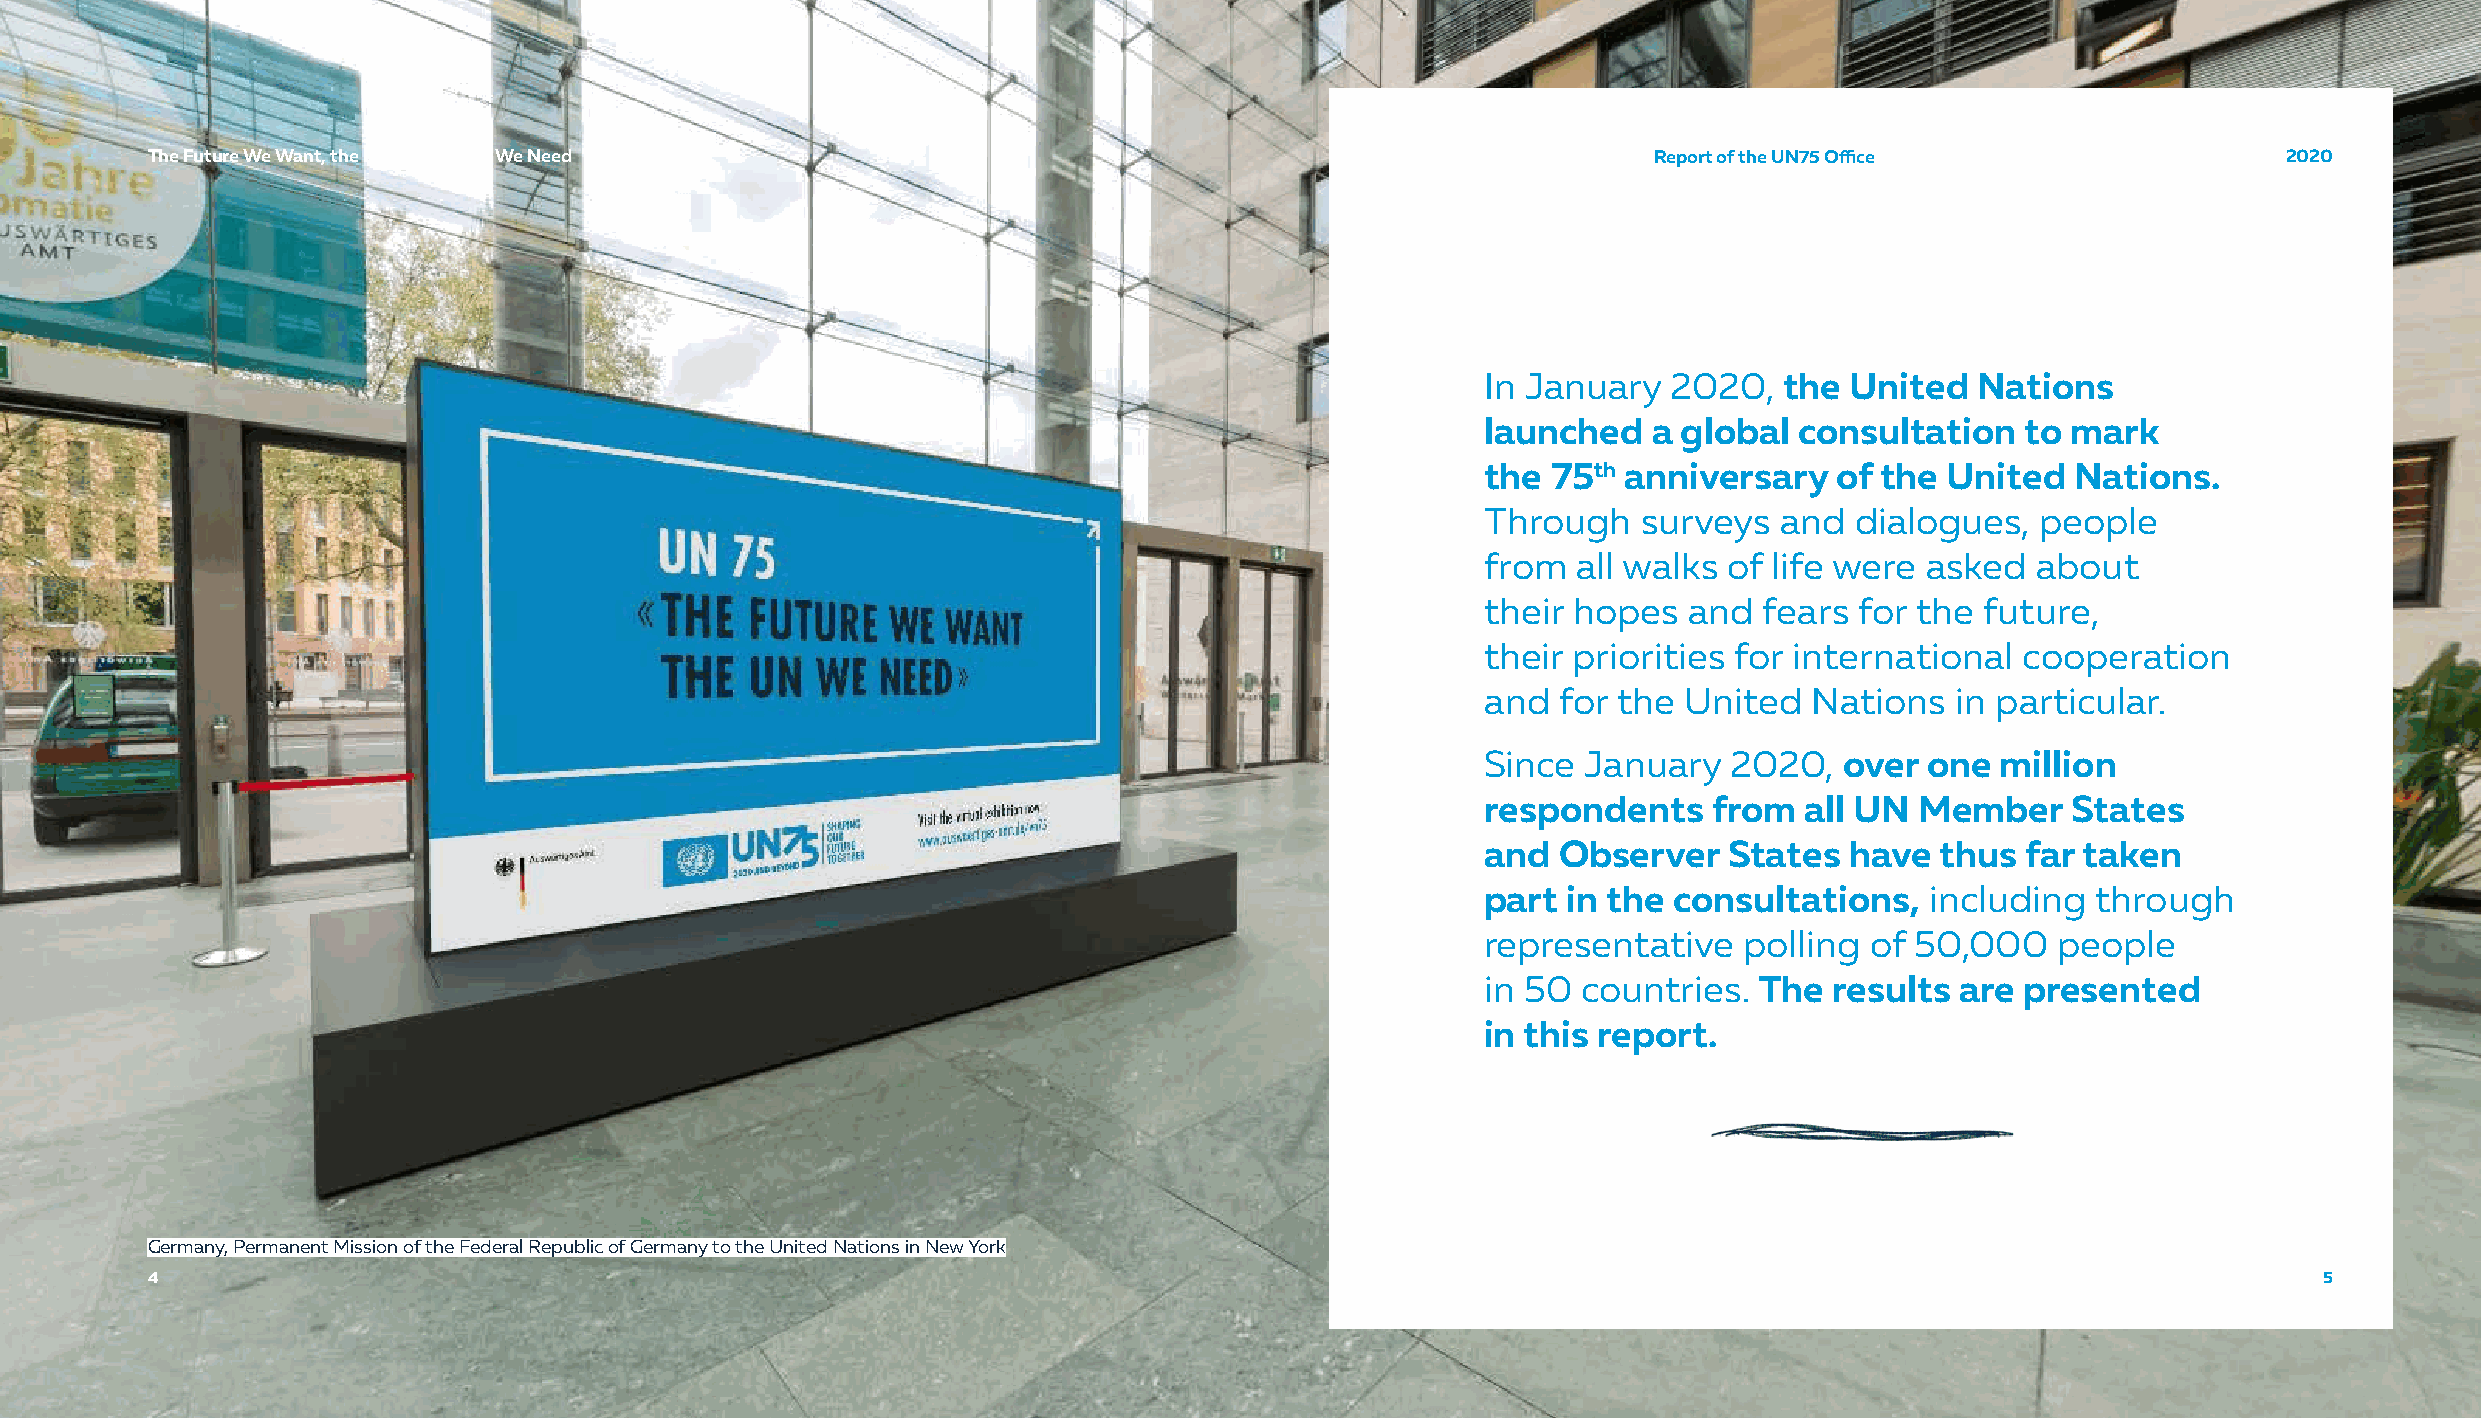
TThhee FFuuttuurree WWee WWaanntt,, tthhee UUnniitteedd NNaattiioonnss WWee NNeeeedd               Report of the UN75 Office                 2020
 In January   2020,  the United   Nations
 launched   a global  consultation   to mark
 the  75th anniversary   of the United  Nations.
 Through    surveys  and  dialogues,  people
 from  all walks of life were asked   about
 their hopes   and  fears for the future,
 their priorities for international  cooperation
 and  for the United   Nations  in particular.
 Since  January   2020,  over  one million
 respondents    from  all UN  Member    States
 and  Observer   States  have  thus  far taken
 part  in the consultations,   including  through
 representative   polling  of 50,000   people
 in 50  countries. The  results  are presented
 in this report.
 Germany, Permanent Mission of the Federal Republic of Germany to the United Nations in New York
 4                                                                                                                                               5